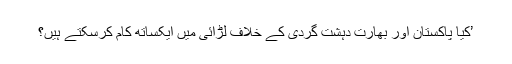
’کیا پاکستان اور بھارت دہشت گردی کے خلاف لڑائی میں ایکساتھ کام کرسکتے ہیں؟